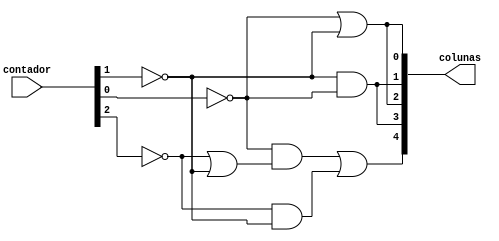
module quadro_2(contador, colunas);
	input [2:0] contador;
	output [4:0] colunas;
	
	wire not_a, not_b, not_c;
	wire and0, and1;
	wire or0;
	
	// A = contador[2]
	// B = contador[1]
	// C = contador[0]
	
	// Inverte os bits do contador para obter as variveis A, B e C
	not(not_a, contador[2]);
	not(not_b, contador[1]);
	not(not_c, contador[0]);
	
	//Calcula a funo lgica para as cinco colunas
	
	// C0 = C + B
	or(colunas[0], not_c, not_b);
	
	// C1 = BC
	and(colunas[1], not_b, not_c);

	// C2 = C + B
	or(colunas[2], not_c, not_b);
	
	// C3 = BC
	and(colunas[3], not_b, not_c);
	
	// C4 = C(A+B)+BA
	or(or0, not_a, not_b);
	and(and0, not_a, not_b);
	and(and1, not_c, or0);
	or(colunas[4], and1, and0);
	
endmodule